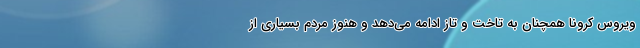
ویروس کرونا همچنان به تاخت و تاز ادامه می‌دهد و هنوز مردم بسیاری از